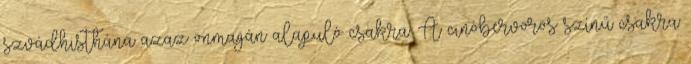
szvádhisthána azaz önmagán alapuló csakra. A cinóbervörös színű csakra